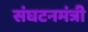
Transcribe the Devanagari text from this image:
संघटनमंत्री